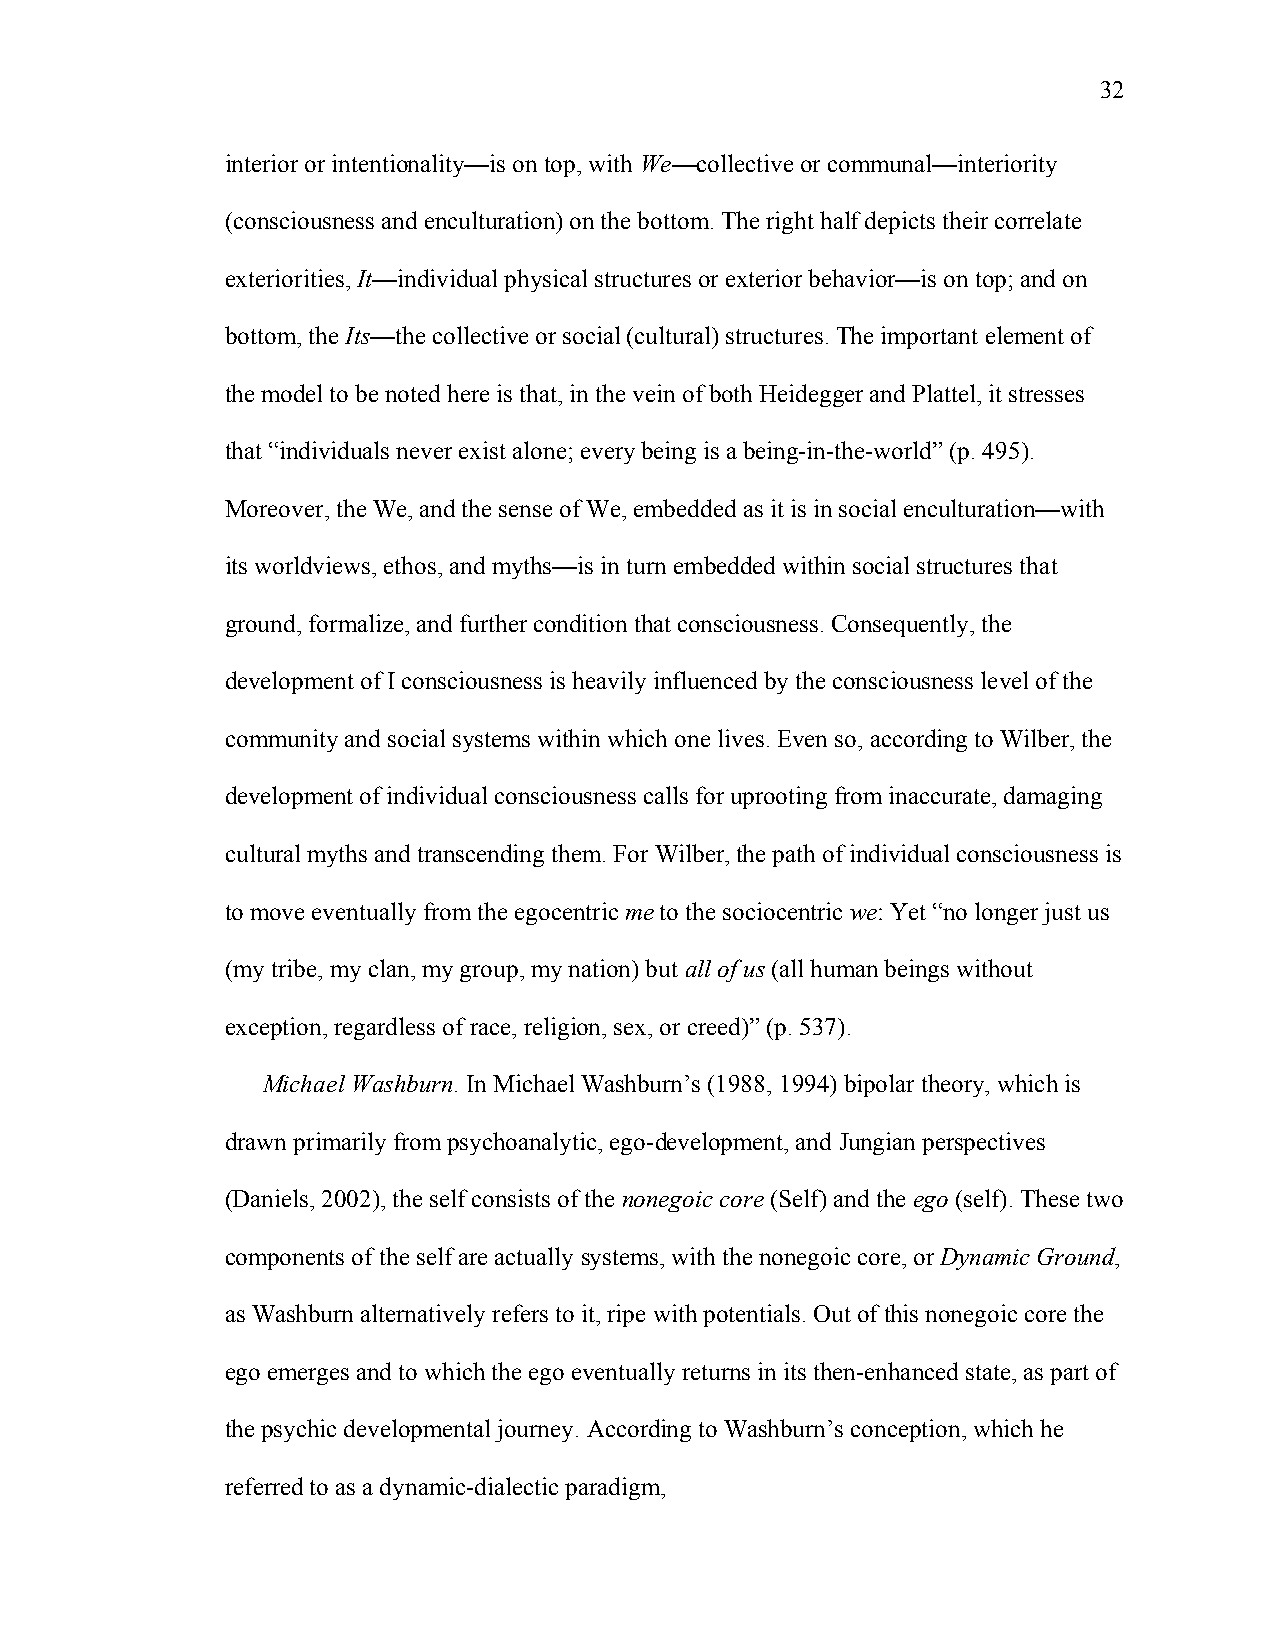
32
 interior or intentionality—is on top, with We—collective or communal—interiority
 (consciousness and enculturation) on the bottom. The right half depicts their correlate
 exteriorities, It—individual physical structures or exterior behavior—is on top; and on
 bottom, the Its—the collective or social (cultural) structures. The important element of
 the model to be noted here is that, in the vein of both Heidegger and Plattel, it stresses
 that “individuals never exist alone; every being is a being-in-the-world” (p. 495).
 Moreover, the We, and the sense of We, embedded as it is in social enculturation—with
 its worldviews, ethos, and myths—is in turn embedded within social structures that
 ground, formalize, and further condition that consciousness. Consequently, the
 development of I consciousness is heavily influenced by the consciousness level of the
 community and social systems within which one lives. Even so, according to Wilber, the
 development of individual consciousness calls for uprooting from inaccurate, damaging
 cultural myths and transcending them. For Wilber, the path of individual consciousness is
 to move eventually from the egocentric me to the sociocentric we: Yet “no longer just us
 (my tribe, my clan, my group, my nation) but all of us (all human beings without
 exception, regardless of race, religion, sex, or creed)” (p. 537).
 Michael Washburn. In Michael Washburn’s (1988, 1994) bipolar theory, which is
 drawn primarily from psychoanalytic, ego-development, and Jungian perspectives
 (Daniels, 2002), the self consists of the nonegoic core (Self) and the ego (self). These two
 components of the self are actually systems, with the nonegoic core, or Dynamic Ground,
 as Washburn alternatively refers to it, ripe with potentials. Out of this nonegoic core the
 ego emerges and to which the ego eventually returns in its then-enhanced state, as part of
 the psychic developmental journey. According to Washburn’s conception, which he
 referred to as a dynamic-dialectic paradigm,